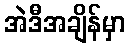
အဲဒီအချိန်မှာ